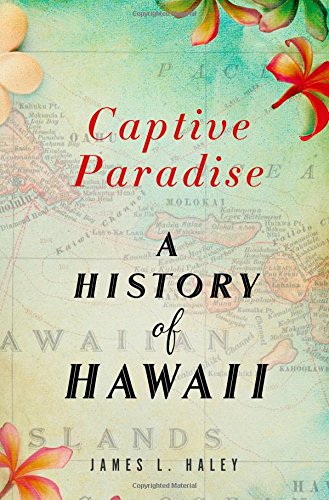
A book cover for Captive Paradise: A History of Hawaii; James L. Haley; History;